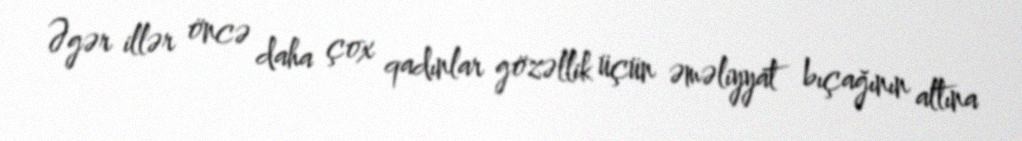
Əgər illər öncə daha çox qadınlar gözəllik üçün əməliyyat bıçağının altına